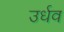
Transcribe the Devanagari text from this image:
उर्धव